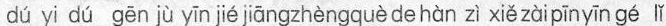
dú yi dú gēn jù yīn jiéjāngzhèngquè dehàn zì xiě zàipīnyīn gé lǐ